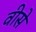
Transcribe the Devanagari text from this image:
वीसे